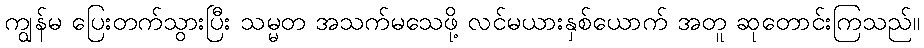
ကျွန်မ ပြေးတက်သွားပြီး သမ္မတ အသက်မသေဖို့ လင်မယားနှစ်ယောက် အတူ ဆုတောင်းကြသည်။